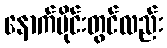
နောက်ပိုင်းတွင်လည်း